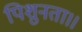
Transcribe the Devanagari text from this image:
पिशुनता।।